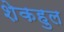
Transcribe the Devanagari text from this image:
शेकहुल